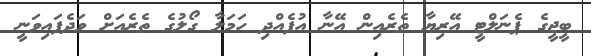
ބީޖީގެ ޕެނަލްޓީ އޭރިޔާ ތެރެއިން އޭނާ އުފެއްދި ހަމަލާ ގޯލުގެ ތެރެއަށް ވަދެފައިވަނީ